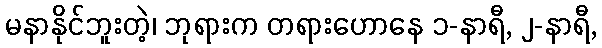
မနာနိုင်ဘူးတဲ့၊ ဘုရားက တရားဟောနေ ၁-နာရီ, ၂-နာရီ,